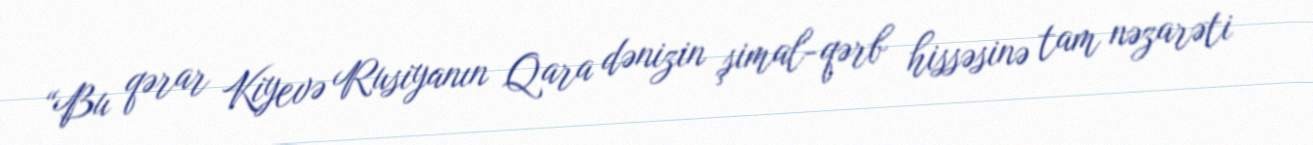
“Bu qərar Kiyevə Rusiyanın Qara dənizin şimal-qərb hissəsinə tam nəzarəti